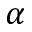
\alpha